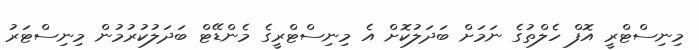
މިނިސްޓްރީ އޮފް ހެލްތުގެ ނަމަށް ބަދަލުކޮށް އެ މިނިސްޓްރީގެ މެންޑޭޓް ބަދަލުކުރުމުން މިނިސްޓަރު